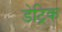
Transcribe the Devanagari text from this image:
डेट्रिक